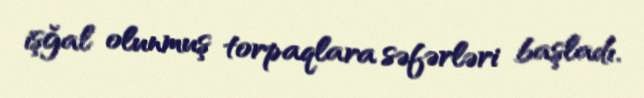
işğal olunmuş torpaqlara səfərləri başladı.